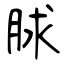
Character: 脙